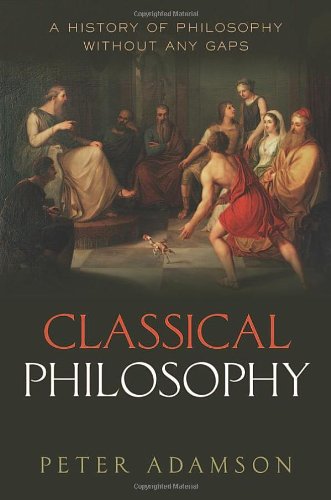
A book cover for Classical Philosophy: A history of philosophy without any gaps, Volume 1; Peter Adamson; History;